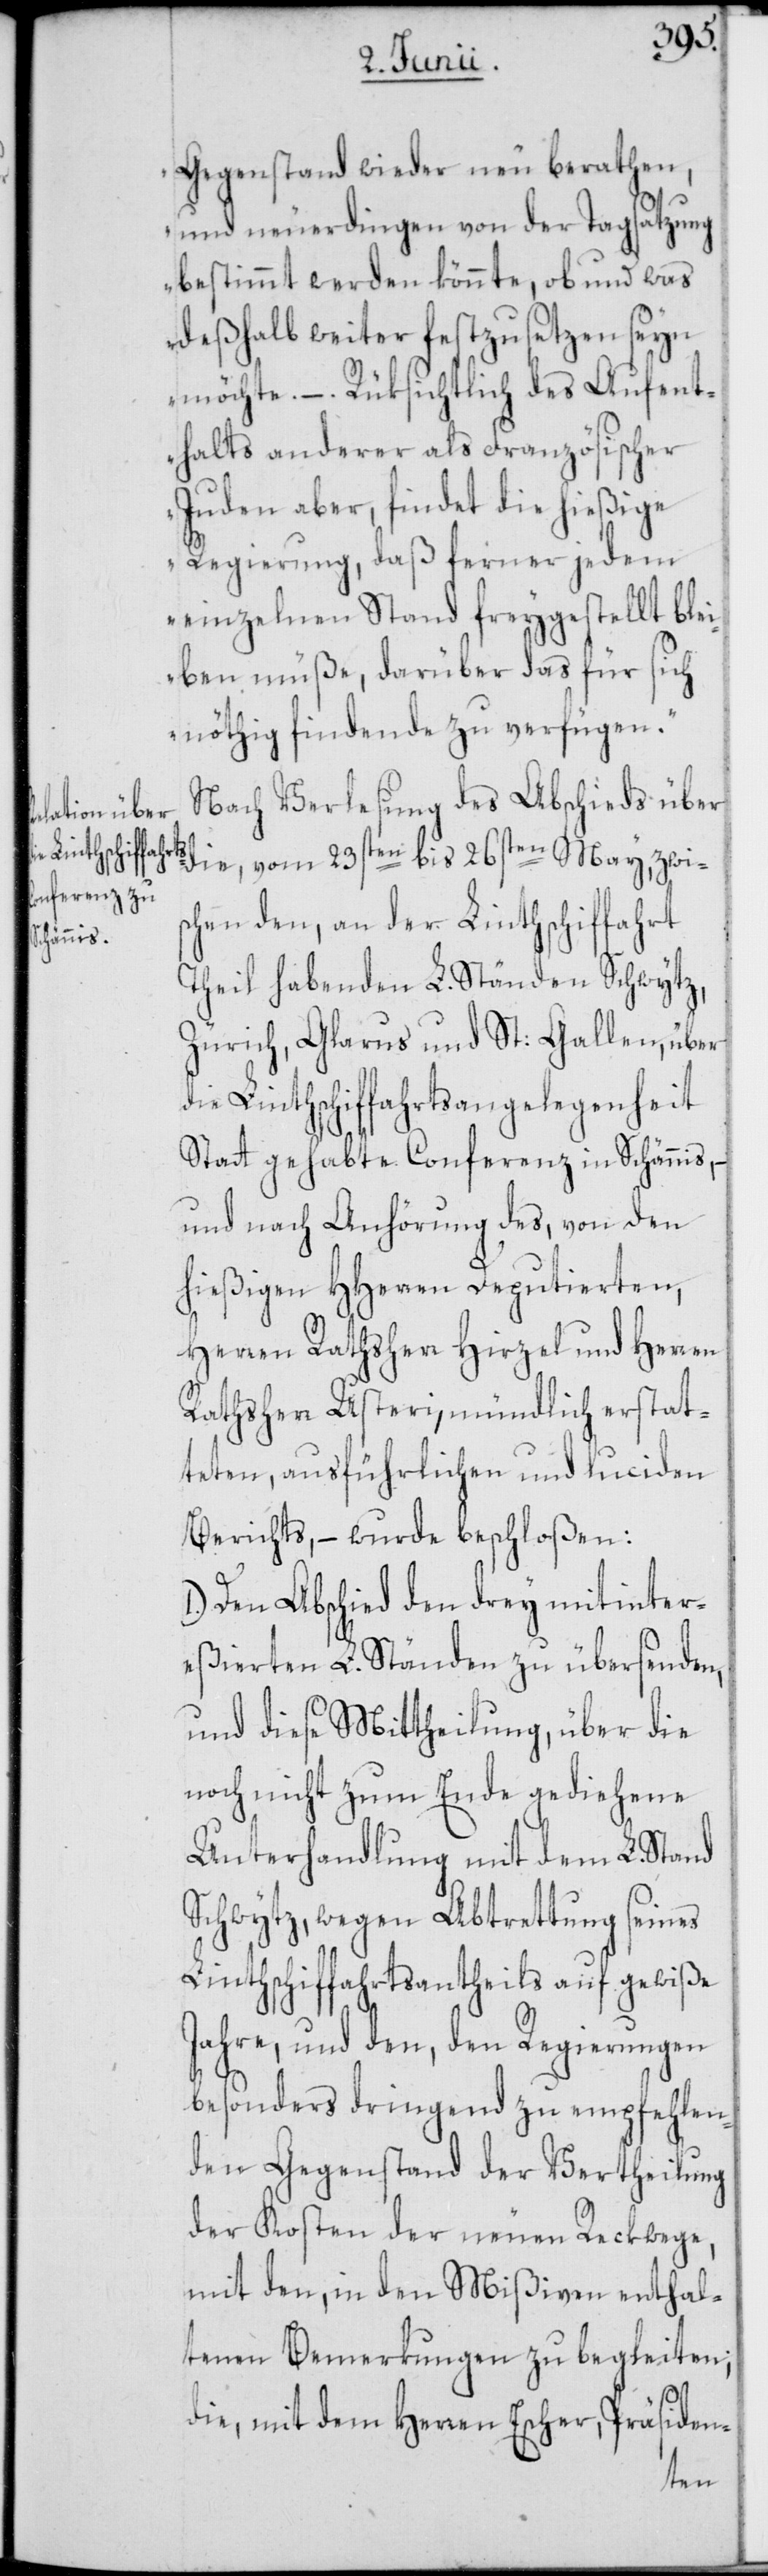
Gegenstand wieder neu berathen,
und neuerdingen von der Tagsatzung
bestimmt werden könnte, ob und was
deßhalb weiter festzusetzen seyn
möchte. –. Rüksichtlich des Aufent¬
halts anderer als Französischer
Juden aber, findet die hießige
Regierung, daß ferner jedem
einzelnen Stand freygestellt blei¬
ben müße, darüber das für sich
nöthig findende zu verfügen.“
Nach Verlesung des Abschieds über
die, vom 23sten bis 26sten May, zwi¬
schen den, an der Linthschiffahrt
Theil habenden L. Ständen Schwytz,
Zürich, Glarus und St: Gallen, über
die Linthschiffahrtsangelegenheit
Statt gehabte Conferenz in Schännis, –
und nach Anhörung des, von den
hießigen HHerren Deputierten,
Herren Rathsherr Hirzel und Herren
Rathsherr Usteri, mündlich erstat¬
teten, ausführlichen und luciden
Berichts, – wurde beschloßen:
1.) Den Abschied den drey mitinter¬
eßierten L. Ständen zu übersenden,
und diese Mittheilung, über die
noch nicht zum Ende gediehene
Unterhandlung mit dem L. Stand
Schwytz, wegen Abtrettung seines
Linthschiffahrtsantheils auf gewiße
Jahre, und den, den Regierungen
besonders dringend zu empfehlen¬
den Gegenstand der Vertheilung
der Kosten der neuen Reckwege,
mit den, in den Mißiven enthal¬
tenen Bemerkungen zu begleiten;
die, mit dem Herren Escher, Präsiden-